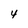
Character: 4